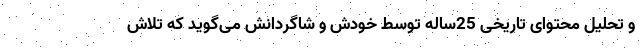
و تحلیل محتوای تاریخی 25‌ساله توسط خودش و شاگردانش می‌گوید که تلاش